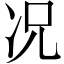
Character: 况